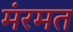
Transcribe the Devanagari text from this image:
मंरमत